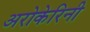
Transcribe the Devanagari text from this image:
अरोकेरिनी